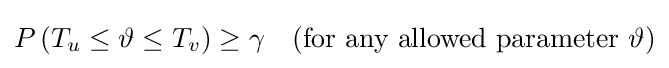
P\left(T_{u}\leq \vartheta \leq T_{v}\right)\geq \gamma \quad ({\text{for any allowed parameter }}\vartheta )